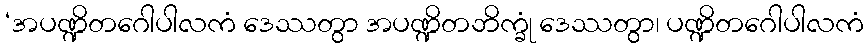
‘အပဏ္ဍိတဂေါပါလကံ ဒေဿတွာ အပဏ္ဍိတဘိက္ခုံ ဒေဿတွာ၊ ပဏ္ဍိတဂေါပါလကံ